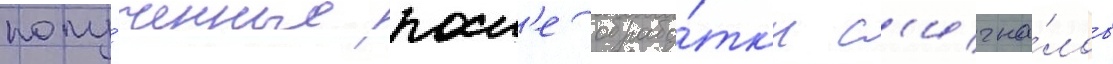
полу́ченные посл'е обрабо́тк'и с'игна́лов